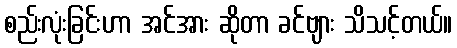
စည်းလုံးခြင်းဟာ အင်အား ဆိုတာ ခင်ဗျား သိသင့်တယ်။